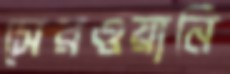
সেরওয়ানি